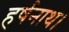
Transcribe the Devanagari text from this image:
हर्षनाथ।